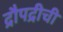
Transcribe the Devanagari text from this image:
द्रौपद्रीची